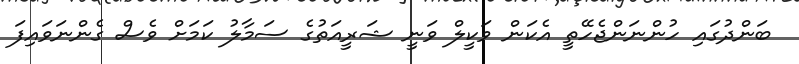
ބަންދުގައި ހުންނަންޖެހޭތީ އެކަން ވަކީލް ވަނީ ޝަރީއަތުގެ ސަމާލު ކަމަށް ވެސް ގެންނަވައިފަ